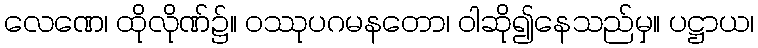
လေဏေ၊ ထိုလိုဏ်၌။ ဝဿုပဂမနတော၊ ဝါဆို၍နေသည်မှ။ ပဋ္ဌာယ၊